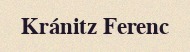
Kránitz Ferenc